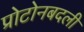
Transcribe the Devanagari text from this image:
प्रोटोनबदली